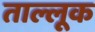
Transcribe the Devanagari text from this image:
ताल्लूक